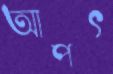
আপৎ